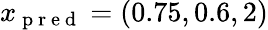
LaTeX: x_{\mathrm{~p~r~e~d~}}=(0.75,0.6,2)